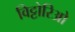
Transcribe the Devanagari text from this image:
विट्टोरिओ